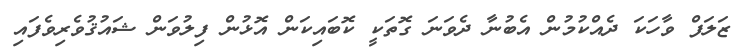
ޒަލަފް ވާހަކަ ދެއްކުމުން އެބުނާ ދެވަނަ ގޮތަކީ ކޮބައިކަން އޮޅުން ފިލުވަން ޝައުޤުވެރިވެފައި